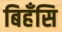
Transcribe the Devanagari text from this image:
बिहँसि